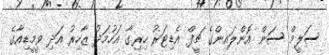
ސަލީމް ސަން އޮންލައިންގެ ޗީފް އެޑިޓަރު ހިރިގާ އަހުމަދު ޒާހިރު އަދި ވީމީޑިއާގެ